Leaving Certificate Examination, 1920
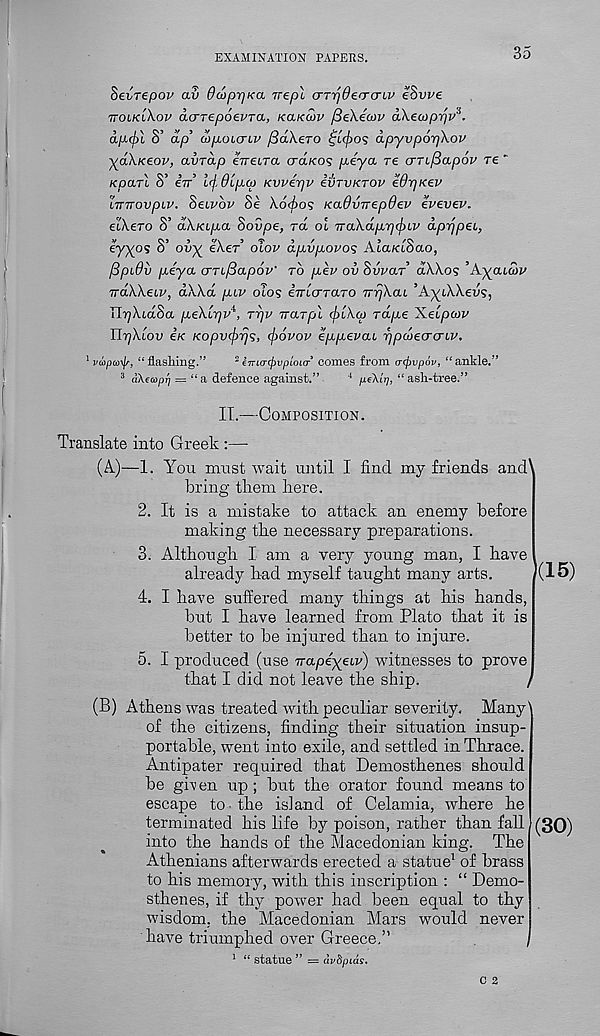
EXAMINATION PAPERS.
35
Sevrepov av OcoprjKa rrepl crrijOerrcriv e$vve
ttolk'i'K.ov acrrepoevra, kixkuiv /SeXecov aXecopijv^.
apcj)l S’ ap’ utpoujLV fiaXero
apyvporfkov
■yoXxeov, avTap eneLTa <jdK.o<; piya re cmfiapov re -
Kparl S’ err’ i^dipcp Kvverjv ivrvKTOv eOrjKev
hrrrovpLV. Seivbv Se \6<f>o<; Kadvrrepdev evevev.
eCkeTO S’ dXicipa Sovpe, rd ol rraXdprjcjnv dprjpet,
eyxos S’ ovy eX.er’ dlov dpLvpovos Ata/ctSao,
fipiOv peya o-TijSapov' to pev ov SvvaT dWos ’XyaLU>v
rrdWeiv, dX\d pcv olos inicrTaTO rrrjXai ’AycWevs,
TlrjXidSa peXirjv*, rrjv rraTpl (piKcp rape ILeipcov
TirjXiov eK Kopvcfrrjs, (f>6vov eppevou rjpcoecrcriv.
1 vapaifr, “flasliing.”
2 iTna-rjjvploicr comes from a-ipvpov, “ankle.”
3 dAfcopij = “a defence against.”
4 pe\irj, “ash-tree.”
II.—Composition.
Translate into Greek :—
(A.)—1. You must wait until I find my friends and'
bring them here.
2. It is a mistake to attack an enemy before
making the necessary preparations.
3. Although I am a very young man, I have
already had myself taught many arts.
4. I have suffered many things at his hands,
but I have learned from Plato that it is
better to be injured than to injure.
5. I produced (use rrapeyeiv) witnesses to prove
that I did not leave the ship.
>
(B) Athens was treated with peculiar severity. Many'
of the citizens, finding their situation insup-
portable, went into exile, and settled in Thrace.
Antipater required that Demosthenes should
be given up; but the orator found means to
escape to the island of Celamia, where he
terminated his life by poison, rather than fall
into the hands of the Macedonian king. The
Athenians afterwards erected a statue 1 of brass
to his memory, with this inscription : “ Demo-
sthenes, if thy power had been equal to thy
wisdom, the Macedonian Mars would never
have triumphed over Greece,”
1 “ statue ” = dvftpids.